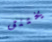
يختنق